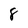
Character: 8